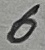
Text: 6